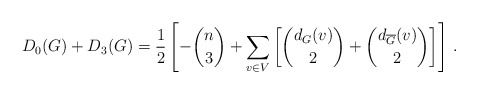
\begin{align*}D_0(G) + D_3(G) = \frac{1}{2}\left[-\binom{n}{3}+\sum_{v \in V} \left[\binom{d_{G} (v)}{2}+ \binom{d_{\overline{G}}(v)}{2}\right]\right] \,.\end{align*}